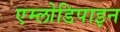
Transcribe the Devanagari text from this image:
एम्लोडिपाइन